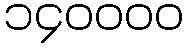
၁၄၀၀၀၀